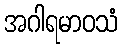
အဂါရမာဝသံ